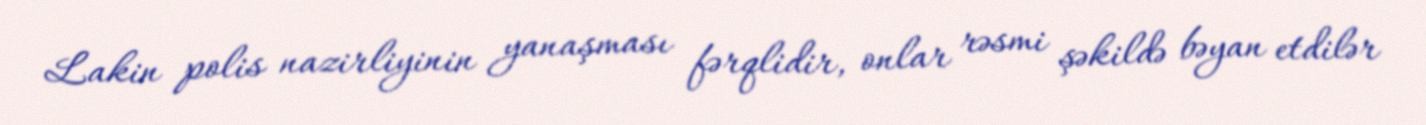
Lakin polis nazirliyinin yanaşması fərqlidir, onlar rəsmi şəkildə bəyan etdilər